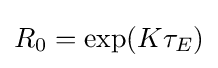
R_{0}=\exp(K\tau _{E})